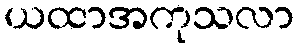
ယထာအကုသလာ